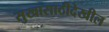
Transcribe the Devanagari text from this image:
सुखासाठीदेखील